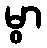
မွာ